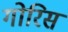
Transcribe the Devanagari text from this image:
गोरिस